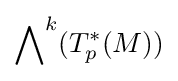
\bigwedge \nolimits ^{k}(T_{p}^{*}(M))